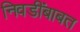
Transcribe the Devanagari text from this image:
निवडींबाबत